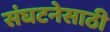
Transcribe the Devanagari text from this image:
संघटनेसाठी